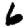
Digit: 6